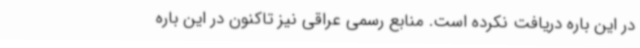
در این باره دریافت نکرده است. منابع رسمی عراقی نیز تاکنون در این باره